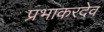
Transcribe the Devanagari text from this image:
प्रभाकरदेव